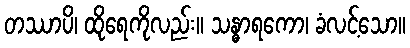
တဿာပိ၊ ထိုရေကိုလည်း။ သန္ဓာရကော၊ ခံလင့်သော။